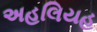
અહલિયહ